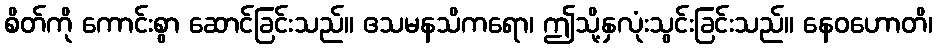
စိတ်ကို ကောင်းစွာ ဆောင်ခြင်းသည်။ ဧသမနသိကရော၊ ဤသို့နှလုံးသွင်းခြင်းသည်။ နေဝဟောတိ၊